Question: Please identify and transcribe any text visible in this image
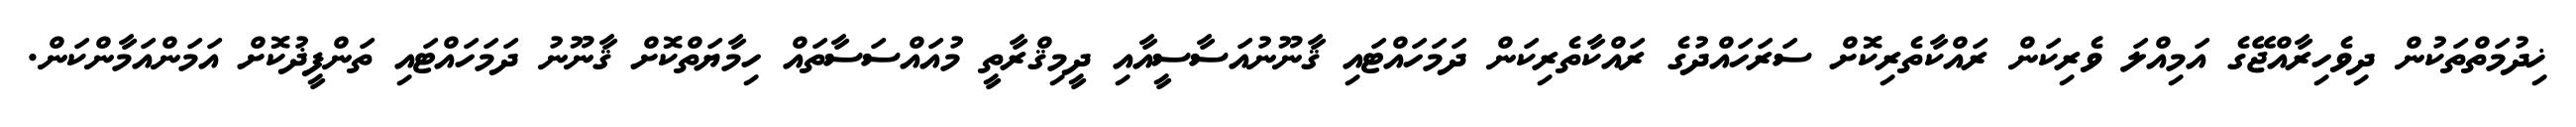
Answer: ޚިދުމަތްތަކުން ދިވެހިރާއްޖޭގެ އަމިއްލަ ވެރިކަން ރައްކާތެރިކޮށް ސަރަހައްދުގެ ރައްކާތެރިކަން ދަމަހައްޓައި ޤާނޫނުއަސާސީއާއި ދީމިޤްރާތީ މުއައްސަސާތައް ހިމާޔަތްކޮށް ޤާނޫނު ދަމަހައްޓައި ތަންފީޛުކޮށް އަމަންއަމާންކަން.